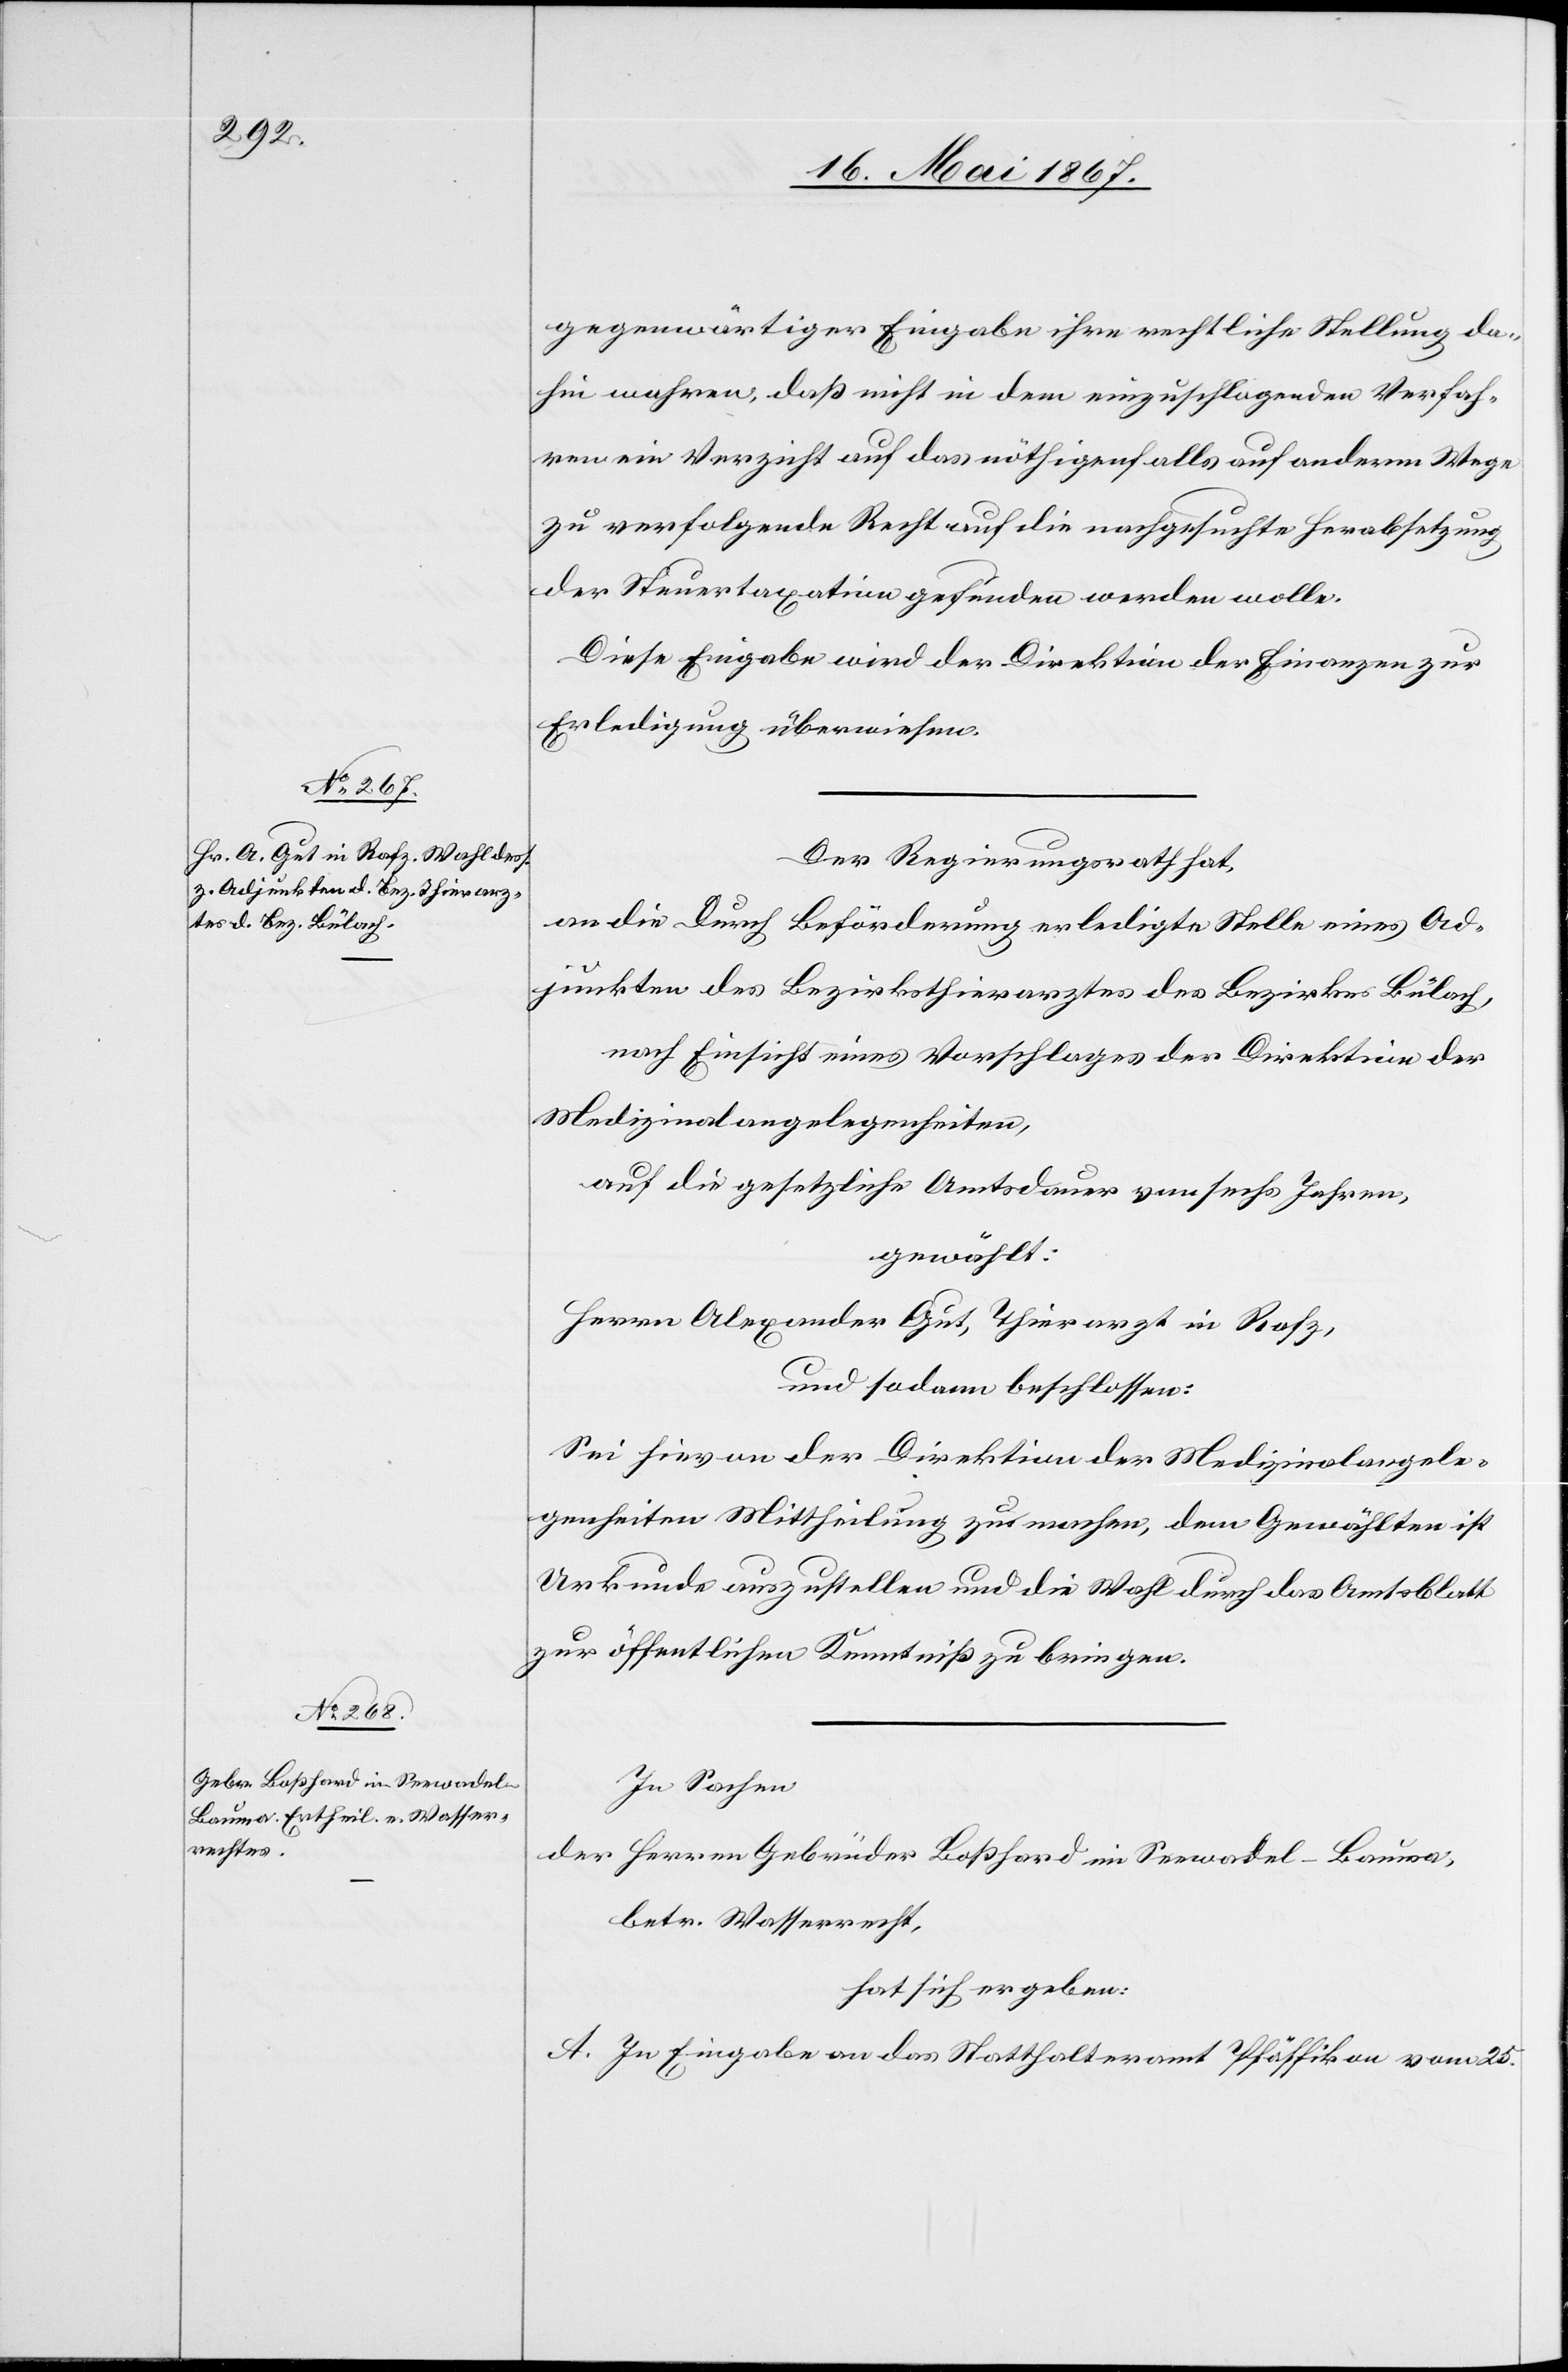
gegenwärtiger Eingabe ihre rechtliche Stellung da¬
hin wahren, daß nicht in dem einzuschlagenden Verfah¬
ren ein Verzicht auf das nöthigenfalls auf anderem Wege
zu verfolgende Recht auf die nachgesuchte Herabsetzung
der Steuertaxation gefunden werden wolle.
Diese Eingabe wird der Direktion der Finanzen zur
Erledigung überwiesen.
Der Regierungsrath hat,
an die durch Beförderung erledigte Stelle eines Ad¬
junkten des Bezirksthierarztes des Bezirkes Bülach,
nach Einsicht eines Vorschlages der Direktion der
Medizinalangelegenheiten,
auf die gesetzliche Amtsdauer von sechs Jahren
gewählt:
Herrn Alexander Gut, Thierarzt in Rafz,
und sodann beschlossen:
Sei hievon der Direktion der Medizinalangele¬
genheiten Mittheilung zu machen, dem Gewählten ist
Urkunde auszustellen und die Wahl durch das Amtsblatt
zur öffentlichen Kenntniß zu bringen.
In Sachen
der Herren Gebrüder Boßhard im Seewadel-Bauma,
betr. Wasserrecht,
hat sich ergeben:
A. In Eingabe an das Statthalteramt Pfäffikon vom 25.